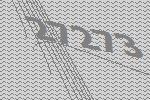
27273